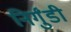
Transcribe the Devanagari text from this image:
निर्गुंडी